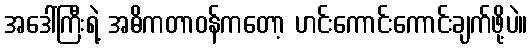
အဒေါ်ကြီးရဲ့ အဓိကတာဝန်ကတော့ ဟင်းကောင်းကောင်းချက်ဖို့ပဲ။